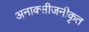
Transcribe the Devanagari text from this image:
अनाक्सीजनीकृत